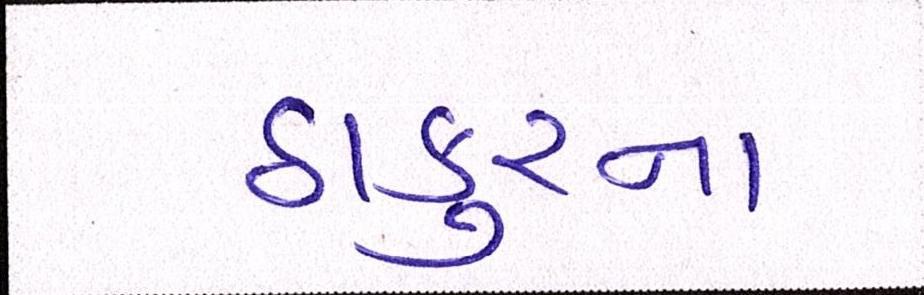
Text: ઠાકુરના